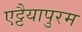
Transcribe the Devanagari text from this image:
एट्टैयापुरम